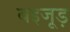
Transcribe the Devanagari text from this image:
बइजूड़